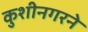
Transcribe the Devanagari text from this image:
कुशीनगरने